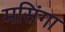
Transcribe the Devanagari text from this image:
मसिंगा